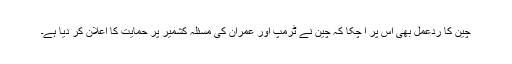
چین کا ردعمل بھی اس پر آ چکا کہ چین نے ٹرمپ اور عمران کی مسئلہ کشمیر پر حمایت کا اعلان کر دیا ہے۔